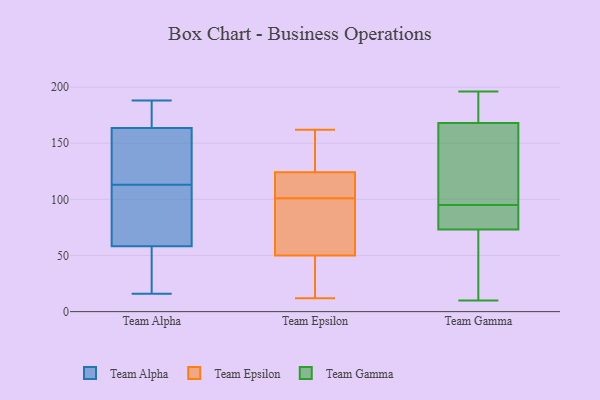
{"axis": {"x": "Shipments", "y": "Value"}, "legend": ["Team Alpha", "Team Epsilon", "Team Gamma"], "data": [{"x": "", "y": 166, "type": "Team Alpha"}, {"x": "", "y": 51, "type": "Team Alpha"}, {"x": "", "y": 118, "type": "Team Alpha"}, {"x": "", "y": 113, "type": "Team Alpha"}, {"x": "", "y": 16, "type": "Team Alpha"}, {"x": "", "y": 80, "type": "Team Alpha"}, {"x": "", "y": 178, "type": "Team Alpha"}, {"x": "", "y": 156, "type": "Team Alpha"}, {"x": "", "y": 103, "type": "Team Alpha"}, {"x": "", "y": 188, "type": "Team Alpha"}, {"x": "", "y": 30, "type": "Team Alpha"}, {"x": "", "y": 62, "type": "Team Epsilon"}, {"x": "", "y": 115, "type": "Team Epsilon"}, {"x": "", "y": 98, "type": "Team Epsilon"}, {"x": "", "y": 125, "type": "Team Epsilon"}, {"x": "", "y": 46, "type": "Team Epsilon"}, {"x": "", "y": 12, "type": "Team Epsilon"}, {"x": "", "y": 122, "type": "Team Epsilon"}, {"x": "", "y": 162, "type": "Team Epsilon"}, {"x": "", "y": 101, "type": "Team Epsilon"}, {"x": "", "y": 13, "type": "Team Epsilon"}, {"x": "", "y": 147, "type": "Team Epsilon"}, {"x": "", "y": 90, "type": "Team Gamma"}, {"x": "", "y": 35, "type": "Team Gamma"}, {"x": "", "y": 174, "type": "Team Gamma"}, {"x": "", "y": 95, "type": "Team Gamma"}, {"x": "", "y": 86, "type": "Team Gamma"}, {"x": "", "y": 196, "type": "Team Gamma"}, {"x": "", "y": 112, "type": "Team Gamma"}, {"x": "", "y": 166, "type": "Team Gamma"}, {"x": "", "y": 93, "type": "Team Gamma"}, {"x": "", "y": 185, "type": "Team Gamma"}, {"x": "", "y": 25, "type": "Team Gamma"}, {"x": "", "y": 157, "type": "Team Gamma"}, {"x": "", "y": 10, "type": "Team Gamma"}]}